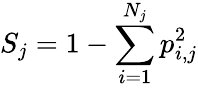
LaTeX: S_{j}=1-\sum_{i=1}^{N_{j}}p_{i,j}^{2}